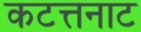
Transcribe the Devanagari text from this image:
कटत्तनाट